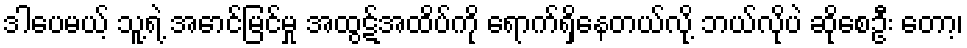
ဒါပေမယ့် သူ့ရဲ့ အောင်မြင်မှု အထွဋ်အထိပ်ကို ရောက်ရှိနေတယ်လို့ ဘယ်လိုပဲ ဆိုစေဦး တော့၊